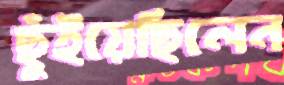
ছুঁইয়েছিলেন